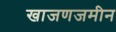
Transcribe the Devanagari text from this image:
खाजणजमीन